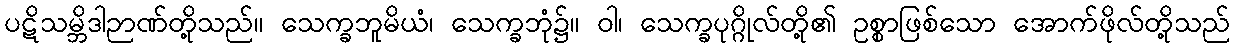
ပဋိသမ္ဘိဒါဉာဏ်တို့သည်။ သေက္ခဘူမိယံ၊ သေက္ခဘုံ၌။ ဝါ၊ သေက္ခပုဂ္ဂိုလ်တို့၏ ဥစ္စာဖြစ်သော အောက်ဖိုလ်တို့သည်